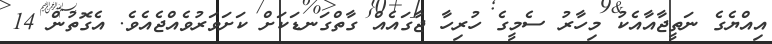
އިއްޔެގެ ނަތީޖާއާއެކު މިހާރު ސެމީގެ ހުރިހާ ޖާގައެއް ގާތްގަނޑަކަށް ކަށަވަރުވެއްޖެއެވެ. އެގޮތުން 14